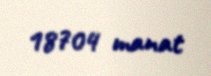
18704 manat